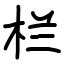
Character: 栏